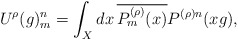
\begin{align*}U^\rho(g)_m^n = \int_X dx \, \overline{P_m^{(\rho)}(x)}P^{(\rho) n}(x g),\end{align*}